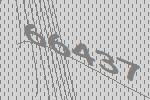
66437